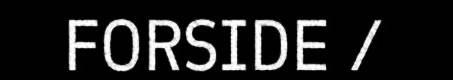
FORSIDE /